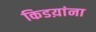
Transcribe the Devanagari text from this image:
किडय़ांना